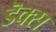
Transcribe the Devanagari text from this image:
डॆक्स